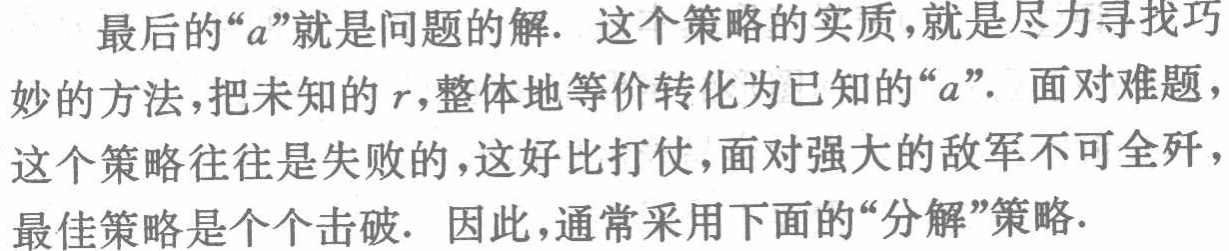
最后的“\(a\)”就是问题的解. 这个策略的实质,就是尽力寻找巧妙的方法,把未知的\(r\),整体地等价转化为已知的“\(a\)”. 面对难题,这个策略往往是失败的,这好比打仗,面对强大的敌军不可全歼,最佳策略是个个击破. 因此,通常采用下面的“分解”策略.